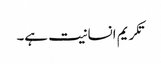
تکریم انسانیت ہے۔